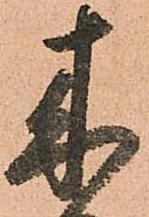
来